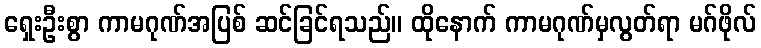
ရှေးဦးစွာ ကာမဂုဏ်အပြစ် ဆင်ခြင်ရသည်။ ထိုနောက် ကာမဂုဏ်မှလွတ်ရာ မဂ်ဖိုလ်